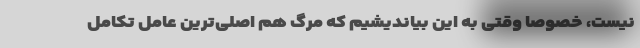
نیست، خصوصا وقتی به این بیاندیشیم که مرگ هم اصلی‌ترین عامل تکامل